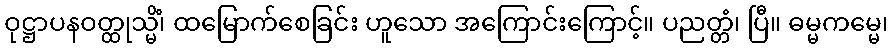
ဝုဋ္ဌာပနဝတ္ထုသ္မိံ၊ ထမြောက်စေခြင်း ဟူသော အကြောင်းကြောင့်။ ပညတ္တံ၊ ပြီ။ ဓမ္မကမ္မေ၊